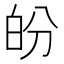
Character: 𤽉